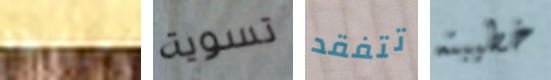
مربوطة تسوية تتفقد خطيبته